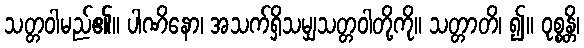
သတ္တဝါမည်၏။ ပါဏိနော၊ အသက်ရှိသမျှသတ္တဝါတို့ကို။ သတ္တာတိ၊ ၍။ ဝုစ္စန္တိ၊